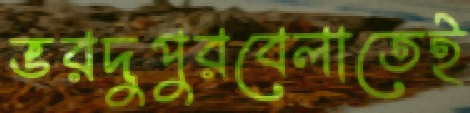
ভরদুপুরবেলাতেই